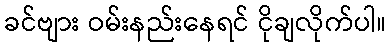
ခင်ဗျား ဝမ်းနည်းနေရင် ငိုချလိုက်ပါ။